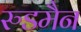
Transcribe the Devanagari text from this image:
रुडमैन